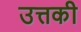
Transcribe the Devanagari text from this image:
उत्तकी